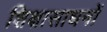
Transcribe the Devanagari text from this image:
शिक्षासाधनों